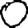
Digit: 0